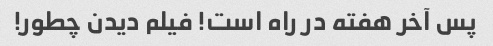
پس آخر هفته در راه است! فیلم دیدن چطور!